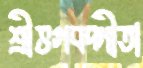
শ্রীভগবদ্গীতা